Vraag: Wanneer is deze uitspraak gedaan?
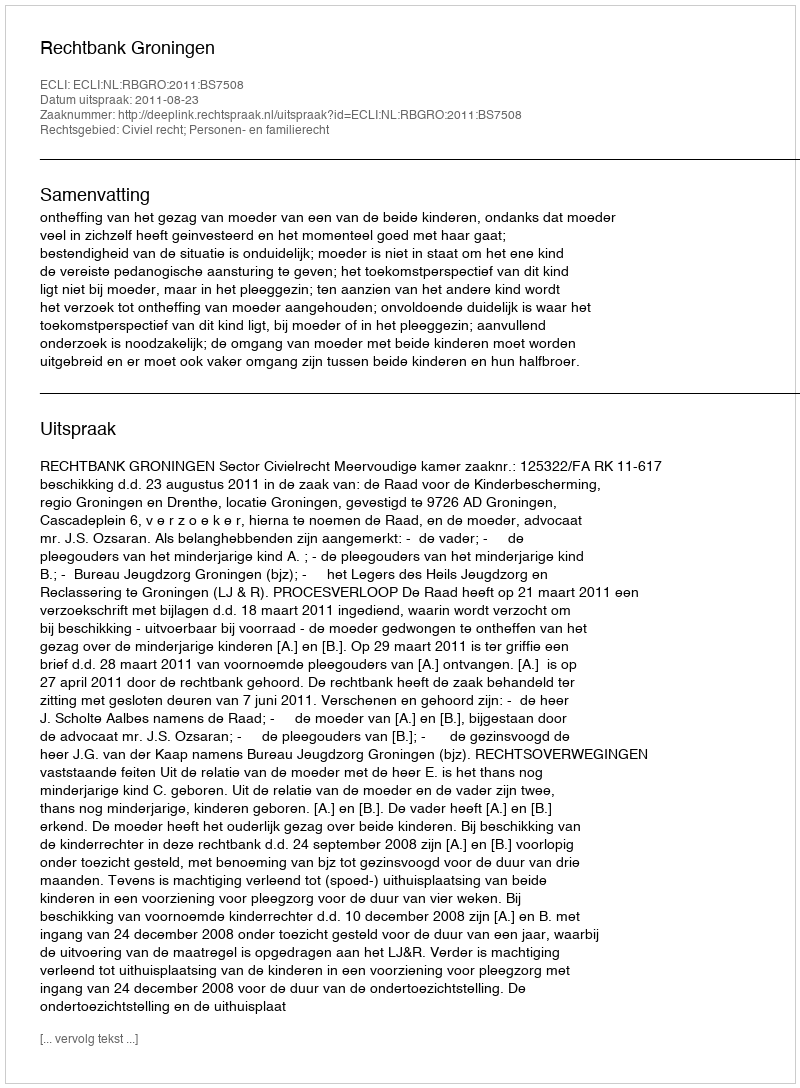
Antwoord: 2011-08-23